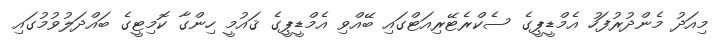
މިއަދު މެންދުރުފަހު އެމްޑީޕީގެ ސެކްރެޓޭރިއަޓްގައި ބޭއްވި އެމްޑީޕީގެ ޤައުމީ ހިންގާ ކޮމިޓީގެ ބައްދަލުވުމުގައި